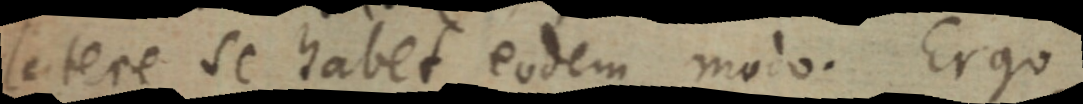
latere se habet eodem modo. Ergo